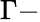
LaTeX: \Gamma-